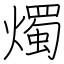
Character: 燭